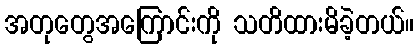
အတုတွေအကြောင်းကို သတိထားမိခဲ့တယ်။